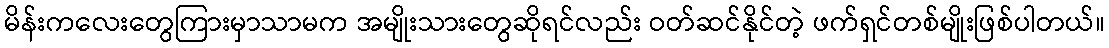
မိန်းကလေးတွေကြားမှာသာမက အမျိုးသားတွေဆိုရင်လည်း ဝတ်ဆင်နိုင်တဲ့ ဖက်ရှင်တစ်မျိုးဖြစ်ပါတယ်။